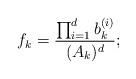
LaTeX: \begin{align*}f_k = \frac{\prod_{i = 1}^d b_k^{(i)}}{(A_k)^d};\end{align*}